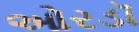
ઓરડૉ